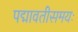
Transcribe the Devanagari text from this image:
पद्मावतीसमयः